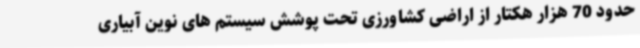
حدود 70 هزار هکتار از اراضی کشاورزی تحت پوشش سیستم های نوین آبیاری